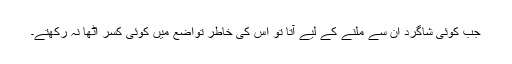
جب کوئی شاگرد ان سے ملنے کے لیے آتا تو اس کی خاطر تواضع میں کوئی کسر اٹھا نہ رکھتے۔